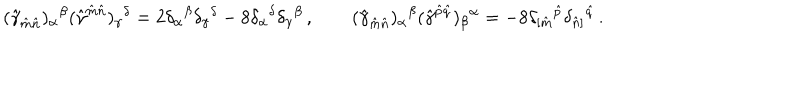
( \hat { \gamma } _ { \hat { m } \hat { n } } ) _ { \alpha } { } ^ { \beta } ( \hat { \gamma } ^ { \hat { m } \hat { n } } ) _ { \gamma } { } ^ { \delta } = 2 \delta _ { \alpha } { } ^ { \beta } \delta _ { \gamma } { } ^ { \delta } - 8 \delta _ { \alpha } { } ^ { \delta } \delta _ { \gamma } { } ^ { \beta } \, , \qquad ( \hat { \gamma } _ { \hat { m } \hat { n } } ) _ { \alpha } { } ^ { \beta } ( \hat { \gamma } ^ { \hat { p } \hat { q } } ) _ { \beta } { } ^ { \alpha } = - 8 \delta _ { [ \hat { m } } { } ^ { \hat { p } } \delta _ { \hat { n } ] } { } ^ { \hat { q } } \, .